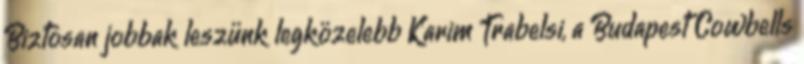
Biztosan jobbak leszünk legközelebb Karim Trabelsi, a Budapest Cowbells